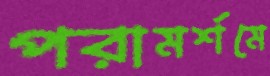
পরামর্শমে